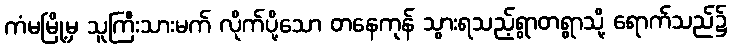
ကံမမြို့မှ သူကြီးသားမက် လိုက်ပို့သော တနေကုန် သွားရသည့်ရွာတရွာသို့ ရောက်သည်၌